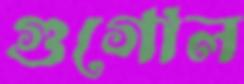
গুগোল